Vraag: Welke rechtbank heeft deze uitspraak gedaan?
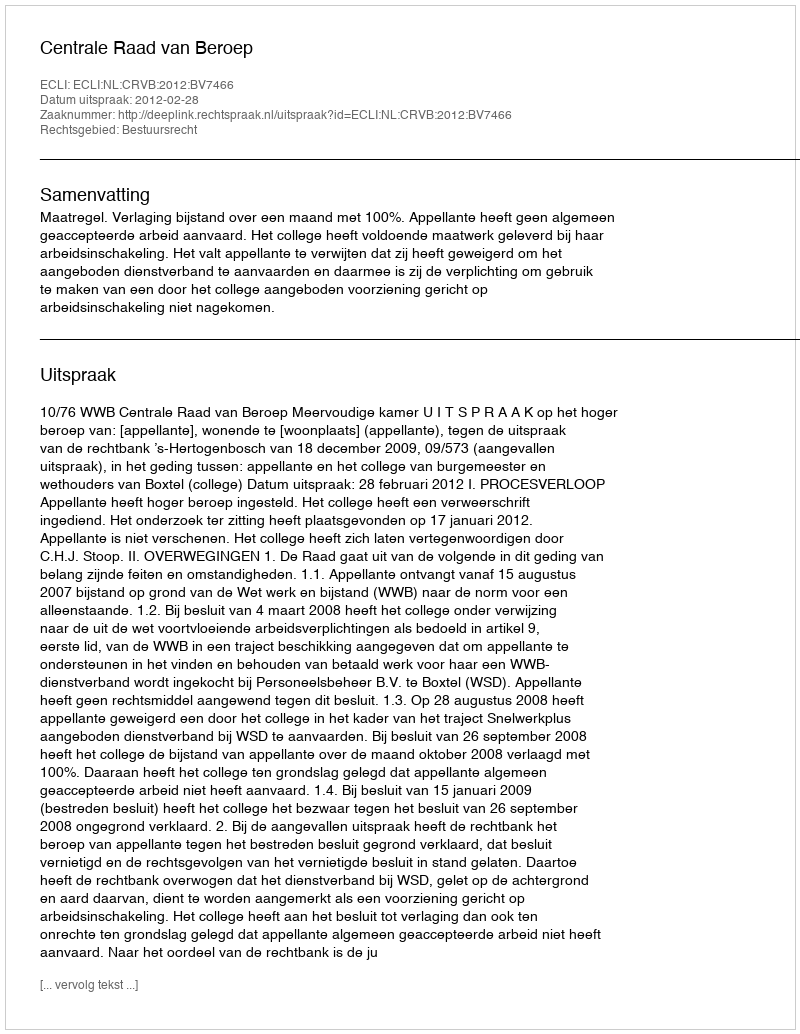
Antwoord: Centrale Raad van Beroep